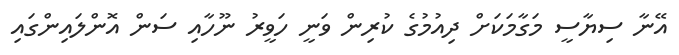
އޭނާ ސިޔާސީ މަގާމަކަށް ދިއުމުގެ ކުރިން ވަނީ ހަވީރު ނޫހާއި ސަން އޮންލައިންގައި